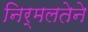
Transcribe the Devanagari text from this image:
निर्मलतेने